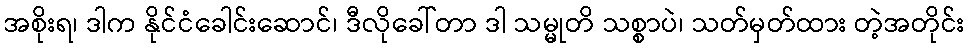
အစိုးရ၊ ဒါက နိုင်ငံခေါင်းဆောင်၊ ဒီလိုခေါ်တာ ဒါ သမ္မုတိ သစ္စာပဲ၊ သတ်မှတ်ထား တဲ့အတိုင်း